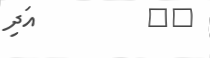
٢١         އަދި